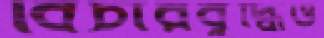
বিচারবুদ্ধিও